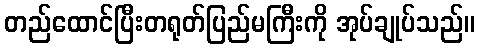
တည်ထောင်ပြီးတရုတ်ပြည်မကြီးကို အုပ်ချုပ်သည်။